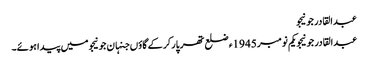
عبدالقادر جونیجو
عبدالقادر جونیجو یکم نومبر 1945ء ضلع تھرپارکر کے گاؤں جنہان جونیجو میں پیدا ہوئے۔